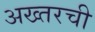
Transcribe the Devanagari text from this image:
अख्तरची